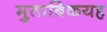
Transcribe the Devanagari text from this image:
मुताबिकयह